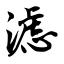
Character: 滤